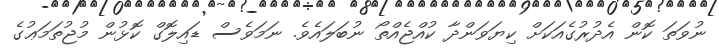
ނުވަތަ ކޮން އެދުރުގެއަކަށް ކިޔަވަންދާ ކުއްޖެއްތޯ ނުބަލައެވެ. ނަމަވެސް ޑައިލޮގް ކޮޅުން މުޖުތަމަޢުގެ